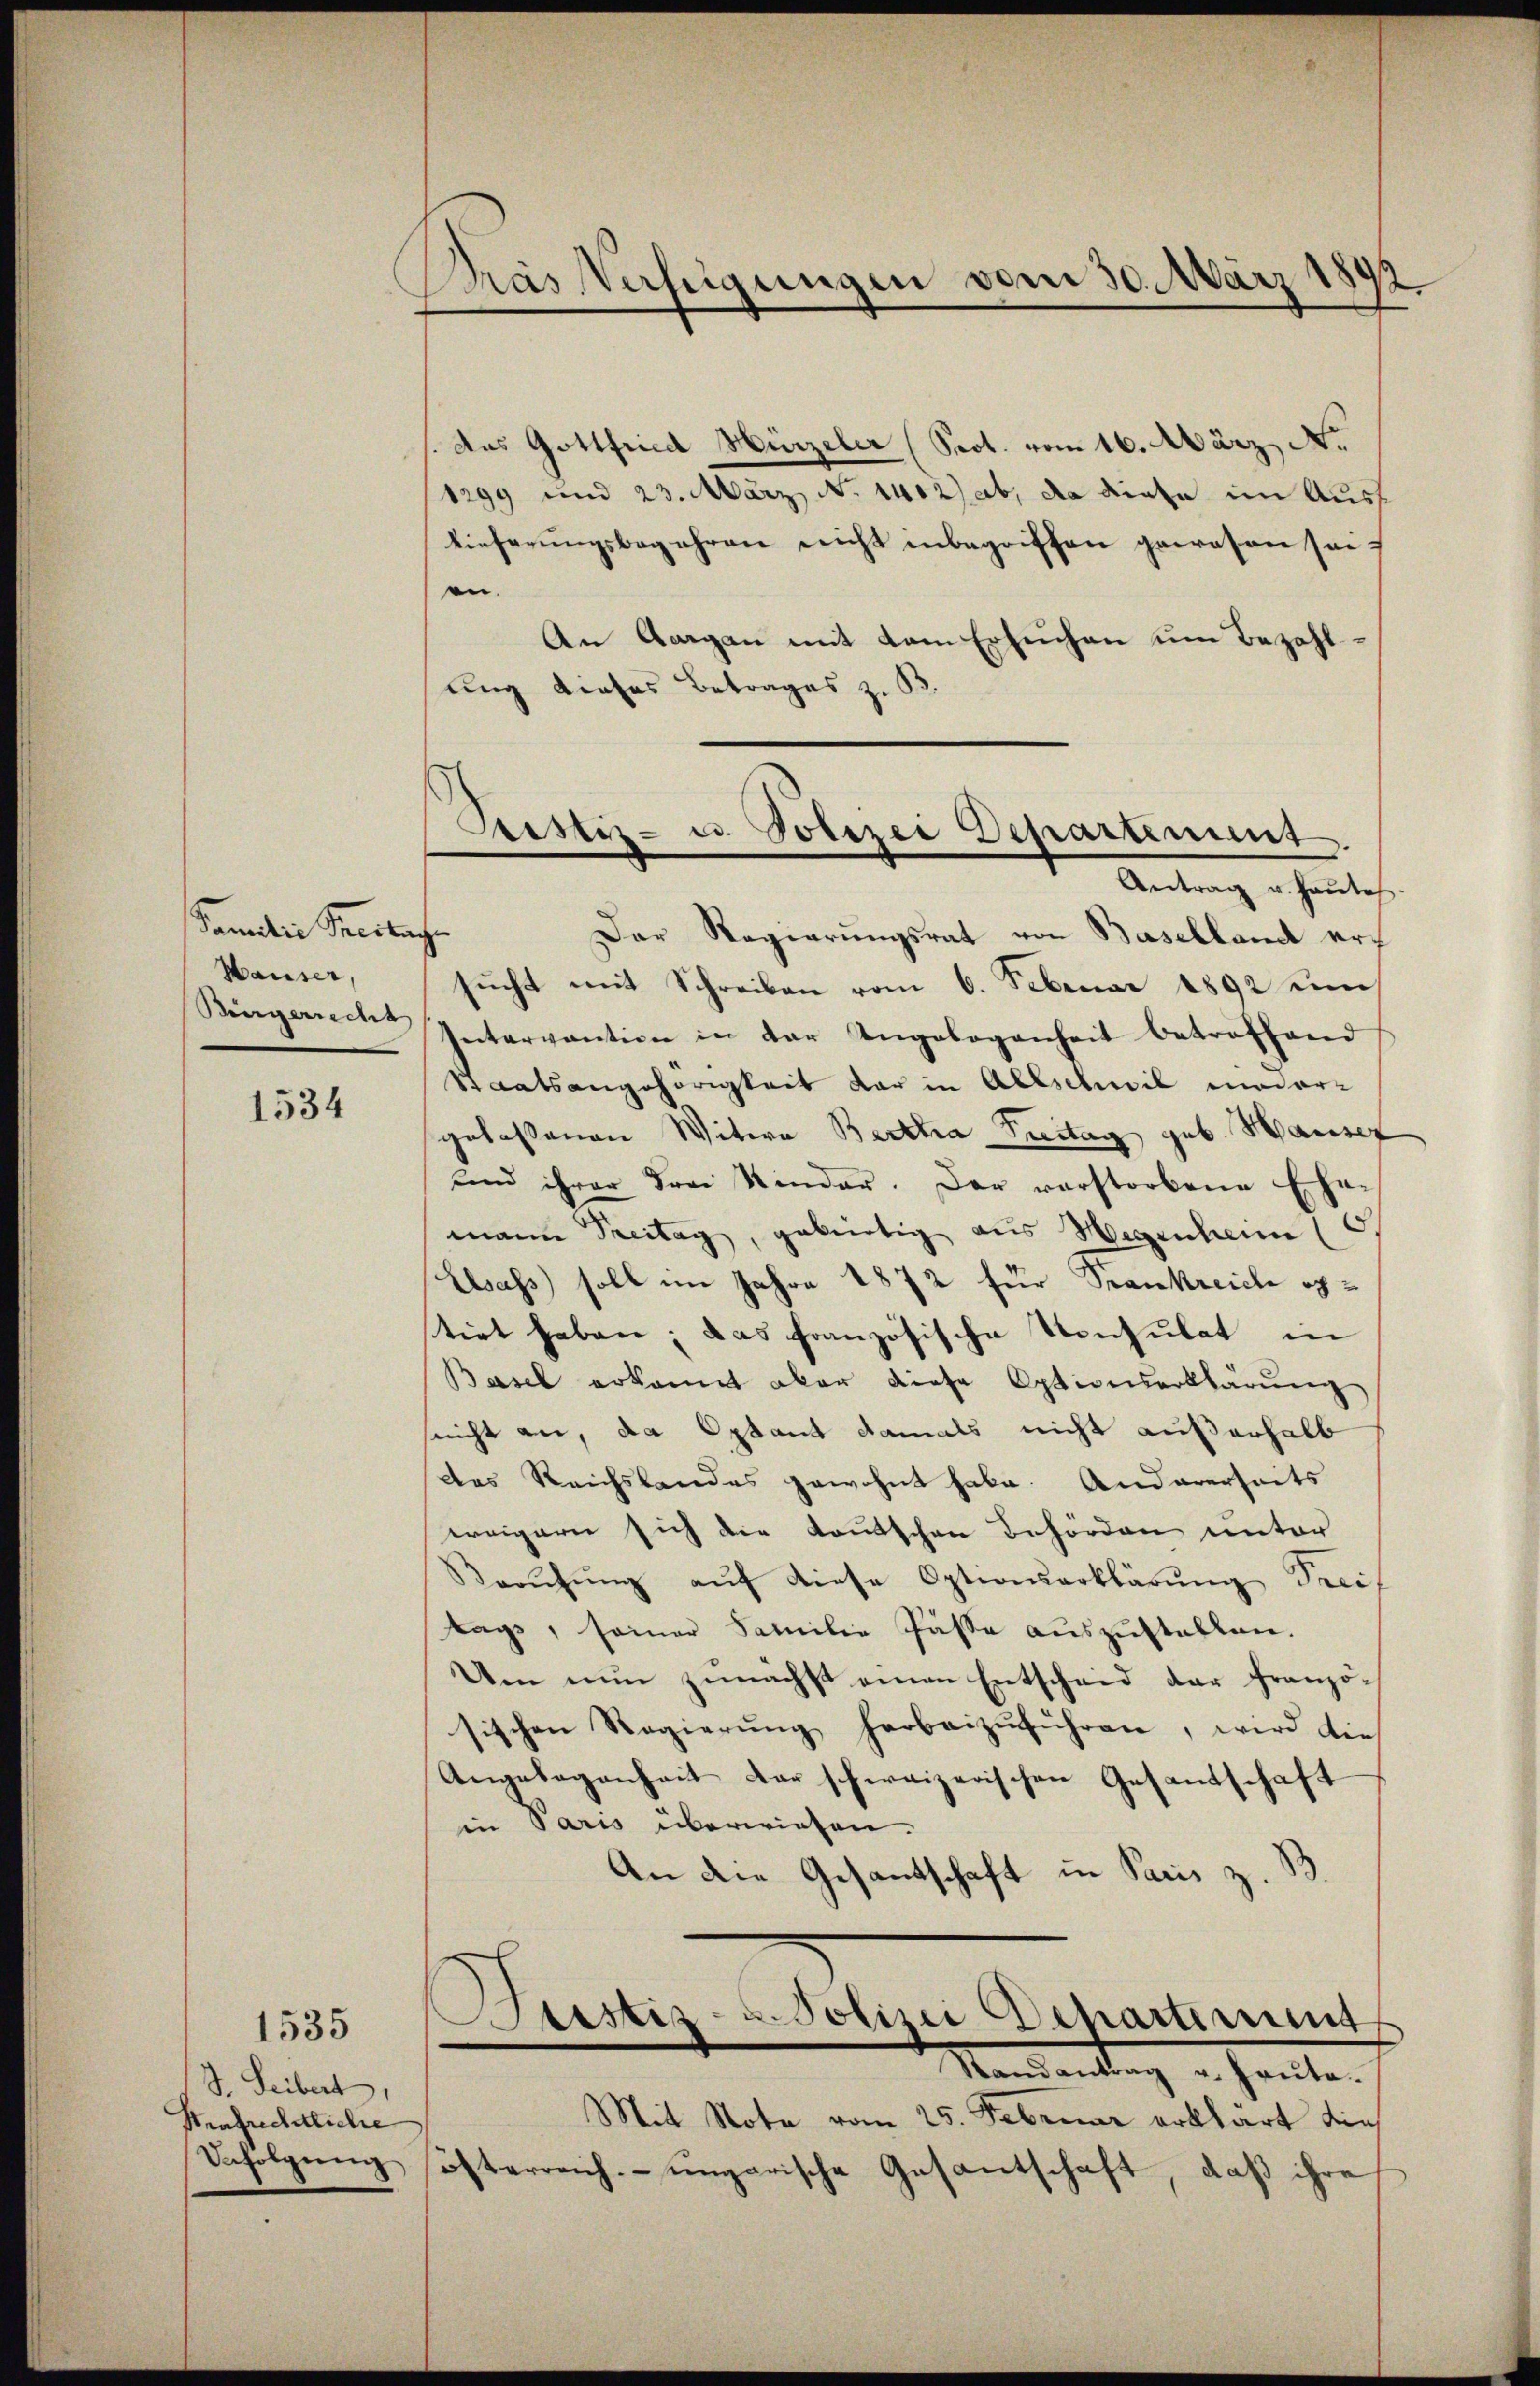
Samilie Seebache
Hauser,
Bürgerrecht

1534

S. Leibert,
Strafrechtliche
Befolgŭng

1535

Das Verfügungen vom 30. März 1899

.Das Gottfried Hirzeler (Sept. vom 16. März N.
1299 und 23. März, N. 1402) ab, da diese im Ausf
lieferŭngsbegehren nicht inbegriffen gewesen sei.
en.
An Aargau mit dem Ersuchen um Bezahlung dieses Betrages z. B.
Der Regierungsrat von Baselland ersucht mit Schreiben vom 6. Februar 1892 um
Intervantion in der Angebogenheit betroffend
Staatsangehörigkeit dar in Allschwil moder-
gelassenen Witwe Bertha Treitag geb. Hauser
und ihrer Frei Kinder. Der verstorbene Ehe-
¬
mann Treitag, gebürtig aus Wegenheim (
Elsass soll im Jahre 1872 für Frankreiche ohn
tirt haben; das französische Konsulat in
Basel erkannt aber diese Optionserklärung
snicht an, da Optant damals nicht außerhalb
das Reichslandes gewohnt habe. Andererseits
weigern sich die toutschen Behörden unter
Barŭhŭng aŭf diese Optionserklärŭng Preif
tags, seiner Familie Pässe auszustellen.
Um nun zunächst einen Entscheid der Französischen Regierŭng herbeizŭführen, wird die
Angelegenheit der schweizerischen Gesandschaft
in Paris überwiesen.
.
An die Gesandschaft in Paris z.
tistiz- u. Polizei Departement
Mandantung u. heute.
Mit Note vom 25. Februar erklärt die
öfterreich ungarische Gesantschaft, daß ihre

Leistiz- u Polizei Departement.
Antrag u. hautes